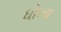
ધોખા